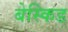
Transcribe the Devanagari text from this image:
बेस्किड